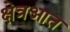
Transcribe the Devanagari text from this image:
क्षेत्रआत